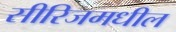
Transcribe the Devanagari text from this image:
सीरिजमधील